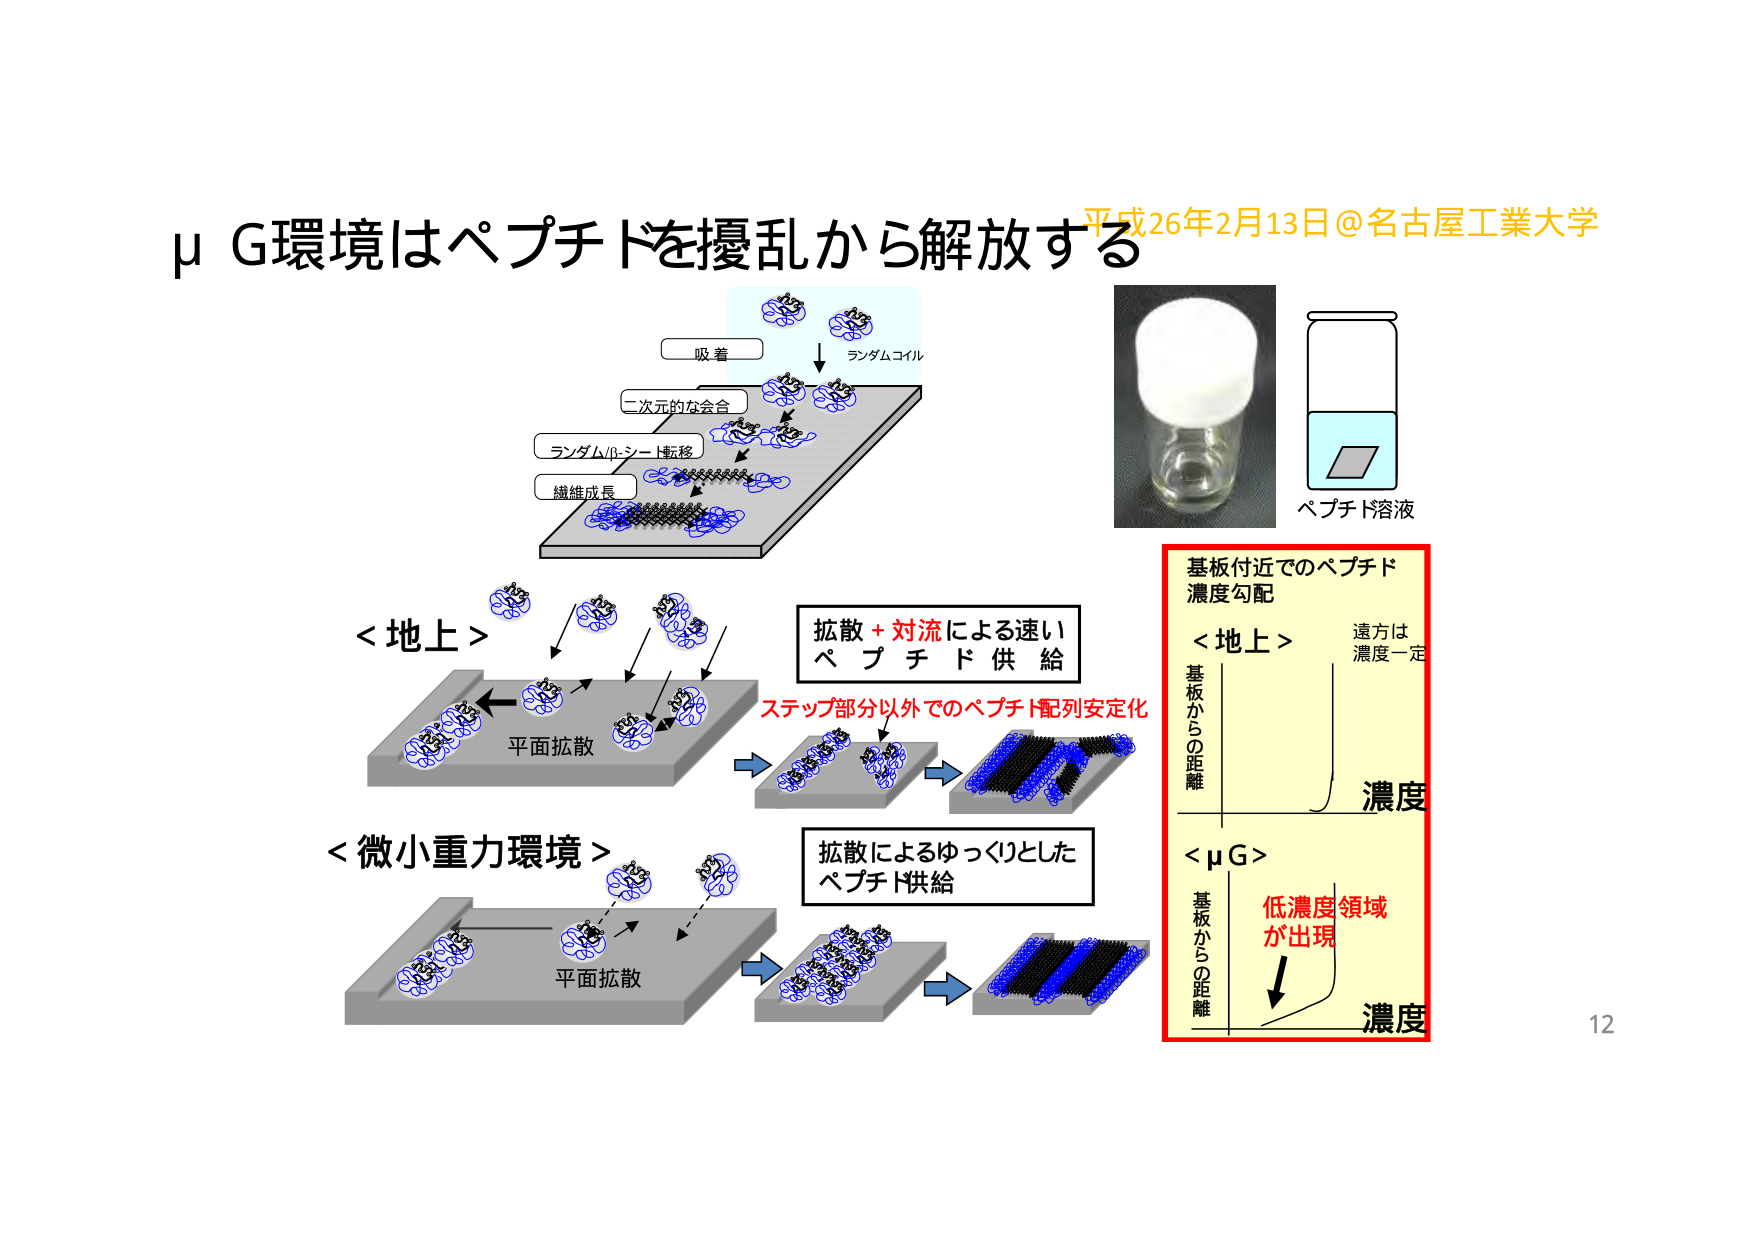
μG環境はペプチドを擾乱から解放する
平成26年2月13日@名古屋工業大学

吸着
ランダムコイル
二次元的な会合
ランダム/シート転移
繊維成長

<地上>
平面拡散
拡散 + 対流による速い
ペプチド供給
ステップ部分以外でのペプチド配列安定化

<微小重力環境>
平面拡散
拡散によるゆっくりとした
ペプチド供給

ペプチド溶液

基板付近でのペプチド
濃度勾配
<地上>
遠方は
濃度一定
基板からの距離
濃度

<μG>
基板からの距離
濃度
低濃度領域
が出現

12